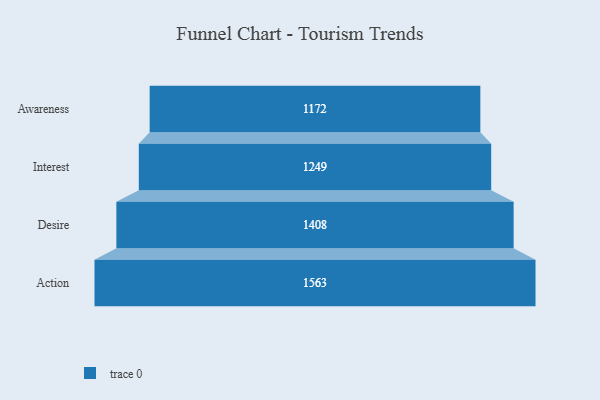
{"axis": {"x": "Stage", "y": "Value"}, "legend": [""], "data": [{"x": "Awareness", "y": 1172.0, "type": ""}, {"x": "Interest", "y": 1249.0, "type": ""}, {"x": "Desire", "y": 1408.0, "type": ""}, {"x": "Action", "y": 1563.0, "type": ""}]}